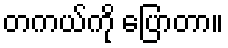
တကယ်ကို ပြောတာ။